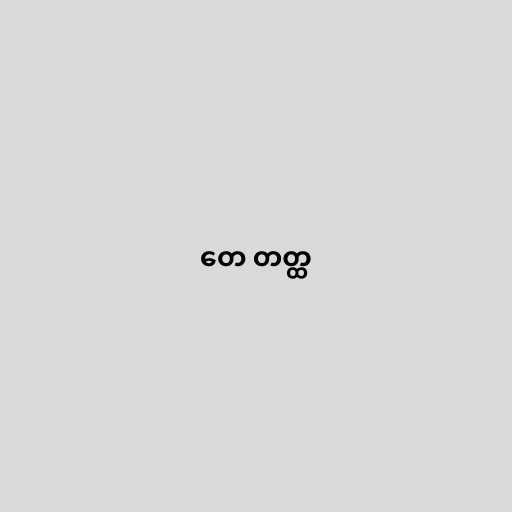
တေ တတ္ထ